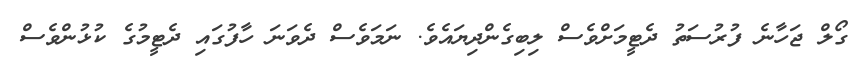
ގޯލް ޖަހާނެ ފުރުސަތު ދެޓީމަށްވެސް ލިބިގެންދިޔައެވެ. ނަމަވެސް ދެވަނަ ހާފުގައި ދެޓީމުގެ ކުޅުންވެސް